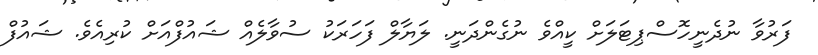
ފަރުވާ ނުދެނީހޮސްޕިޓަލަށް ކީއްވެ ނުގެންދަނީ. ލަޔާލް ފަހަރަކު ސުވާލެއް ޝައުފްއަށް ކުރިއެވެ. ޝައުފް